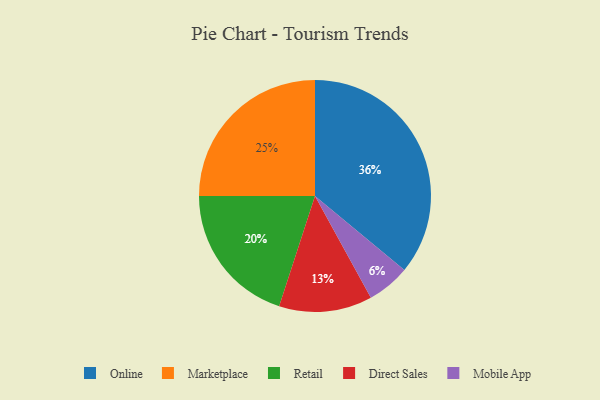
{"axis": {"x": "Category", "y": "Percentage"}, "legend": ["Direct Sales", "Marketplace", "Mobile App", "Online", "Retail"], "data": [{"x": "Retail", "y": 20, "type": "Retail"}, {"x": "Mobile App", "y": 6, "type": "Mobile App"}, {"x": "Marketplace", "y": 25, "type": "Marketplace"}, {"x": "Direct Sales", "y": 13, "type": "Direct Sales"}, {"x": "Online", "y": 36, "type": "Online"}]}